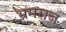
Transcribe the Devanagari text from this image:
भ्रमराज